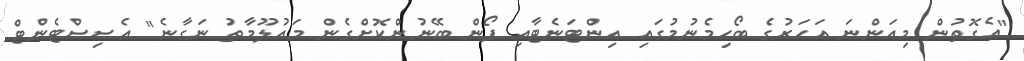
"އެގޮތުން މިއަންނަ އަހަރުގެ ބޯހިމެނުމުގައި އިންޓަނެޓާއި ފޯން ބޭނުންކޮށްގެން މައުލޫމާތު ނަގާނެ" އެސިސްޓެންޓް